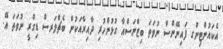
އެކައުންޓިންގ ފައިނޭންސް ނުވަތަ ބިޒްނަސްއާ ގުޅުންހުރި ދާއިރާއަކުން ބެޗްލަރސް ޑިގްރީ ނުވަތަ އޭ.